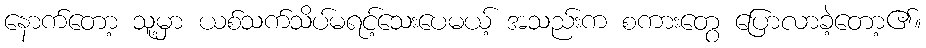
နောက်တော့ သူ့မှာ ယစ်သက်သိပ်မရင့်သေးပေမယ့် အသည်းက စကားတွေ ပြောလာခဲ့တော့၏။